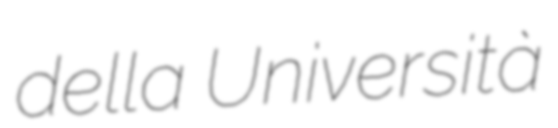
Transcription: della Università